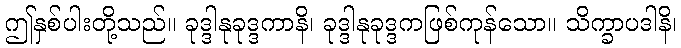
ဤနှစ်ပါးတို့သည်။ ခုဒ္ဒါနုခုဒ္ဒကာနိ၊ ခုဒ္ဒါနုခုဒ္ဒကဖြစ်ကုန်သော။ သိက္ခာပဒါနိ၊